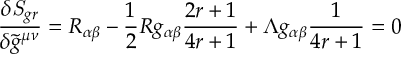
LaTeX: \frac { \delta { \it S } _ { g r } } { \delta \tilde { g } ^ { \mu \nu } } = R _ { \alpha \beta } - \frac { 1 } { 2 } R g _ { \alpha \beta } \frac { 2 r + 1 } { 4 r + 1 } + \Lambda g _ { \alpha \beta } \frac { 1 } { 4 r + 1 } = 0